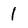
Character: 1